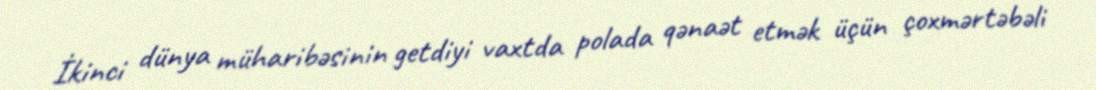
İkinci dünya müharibəsinin getdiyi vaxtda polada qənaət etmək üçün çoxmərtəbəli